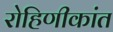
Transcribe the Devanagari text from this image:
रोहिणीकांत